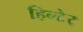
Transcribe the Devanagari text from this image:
हिन्टेर्